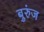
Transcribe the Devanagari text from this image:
बुरुंज